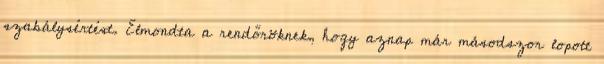
szabálysértést. Elmondta a rendőröknek, hogy aznap már másodszor lopott